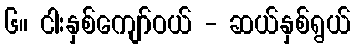
၆။ ငါးနှစ်ကျော်ဝယ် - ဆယ်နှစ်ရွယ်